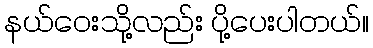
နယ်ဝေးသို့လည်း ပို့ပေးပါတယ်။